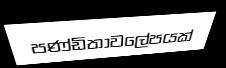
පණ්ඩිතාවලේපයක්